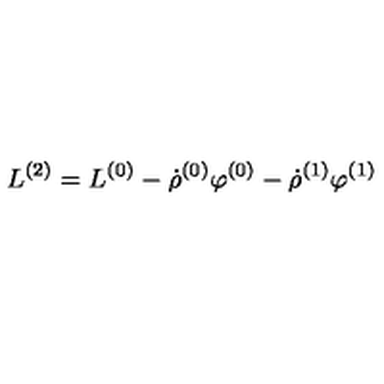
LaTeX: L ^ { ( 2 ) } = L ^ { ( 0 ) } - \dot { \rho } ^ { ( 0 ) } \varphi ^ { ( 0 ) } - \dot { \rho } ^ { ( 1 ) } \varphi ^ { ( 1 ) }